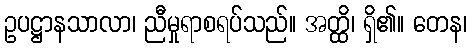
ဥပဋ္ဌာနသာလာ၊ ညီမှုရာစရပ်သည်။ အတ္ထိ၊ ရှိ၏။ တေန၊